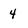
Character: 4